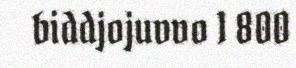
biddjojuvvo 1 800